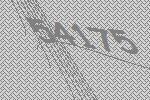
54175